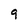
Character: 9